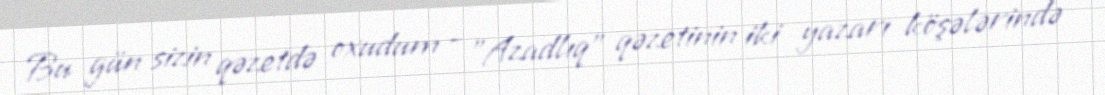
Bu gün sizin qəzetdə oxudum - ”Azadlıq" qəzetinin iki yazarı köşələrində